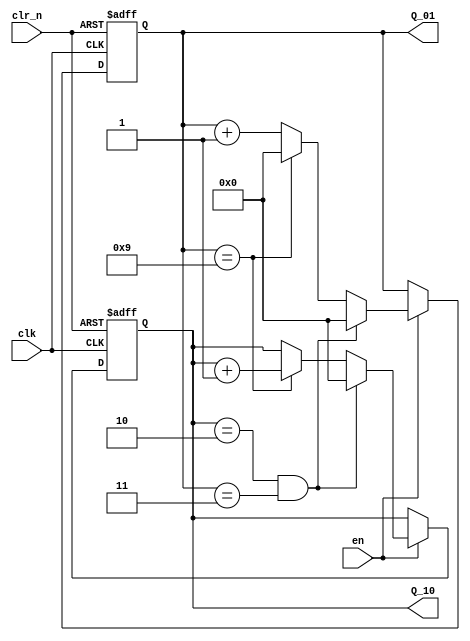
/*
    mod 24 counter with 2 BCD code
*/
module counter_24
(
    input 		clk,            // 1Hz clock signal
    input 		clr_n,          // clear signal
    input 		en,             // high enable signal
    output reg 	[3:0] Q_01,     // BCD code
    output reg 	[3:0] Q_10      // BCD code
);
    always@(posedge clk or negedge clr_n)
    begin
        if (~clr_n)
            // clear the counter to 0
            begin
                Q_01 <= 4'b0000;
                Q_10 <= 4'b0000;
            end
        else if (~en)
            // not enable, do not add
            begin
                Q_01 <= Q_01;
                Q_10 <= Q_10;
            end
        else if (Q_10 == 4'b0010 & Q_01 == 4'b0011)
            // end of counter (23)
            begin
                Q_10 <= 4'b0000;
                Q_01 <= 4'b0000;
            end
        else if (Q_01 == 4'b 1001)
            // Q_01 = 9 => Q_10++, Q_01 <= 0
            begin
                Q_01 <= 4'b0000;
                Q_10 <= Q_10 + 1'b1;
            end
        else
            // Q_01 ++
            begin
                Q_01 <= Q_01 + 1'b1;
            end
    end
    
endmodule